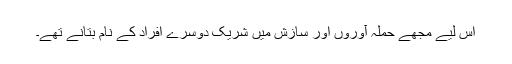
اس لیے مجھے حملہ آوروں اور سازش میں شریک دوسرے افراد کے نام بتانے تھے۔